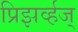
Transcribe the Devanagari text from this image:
प्रिझर्व्हज्